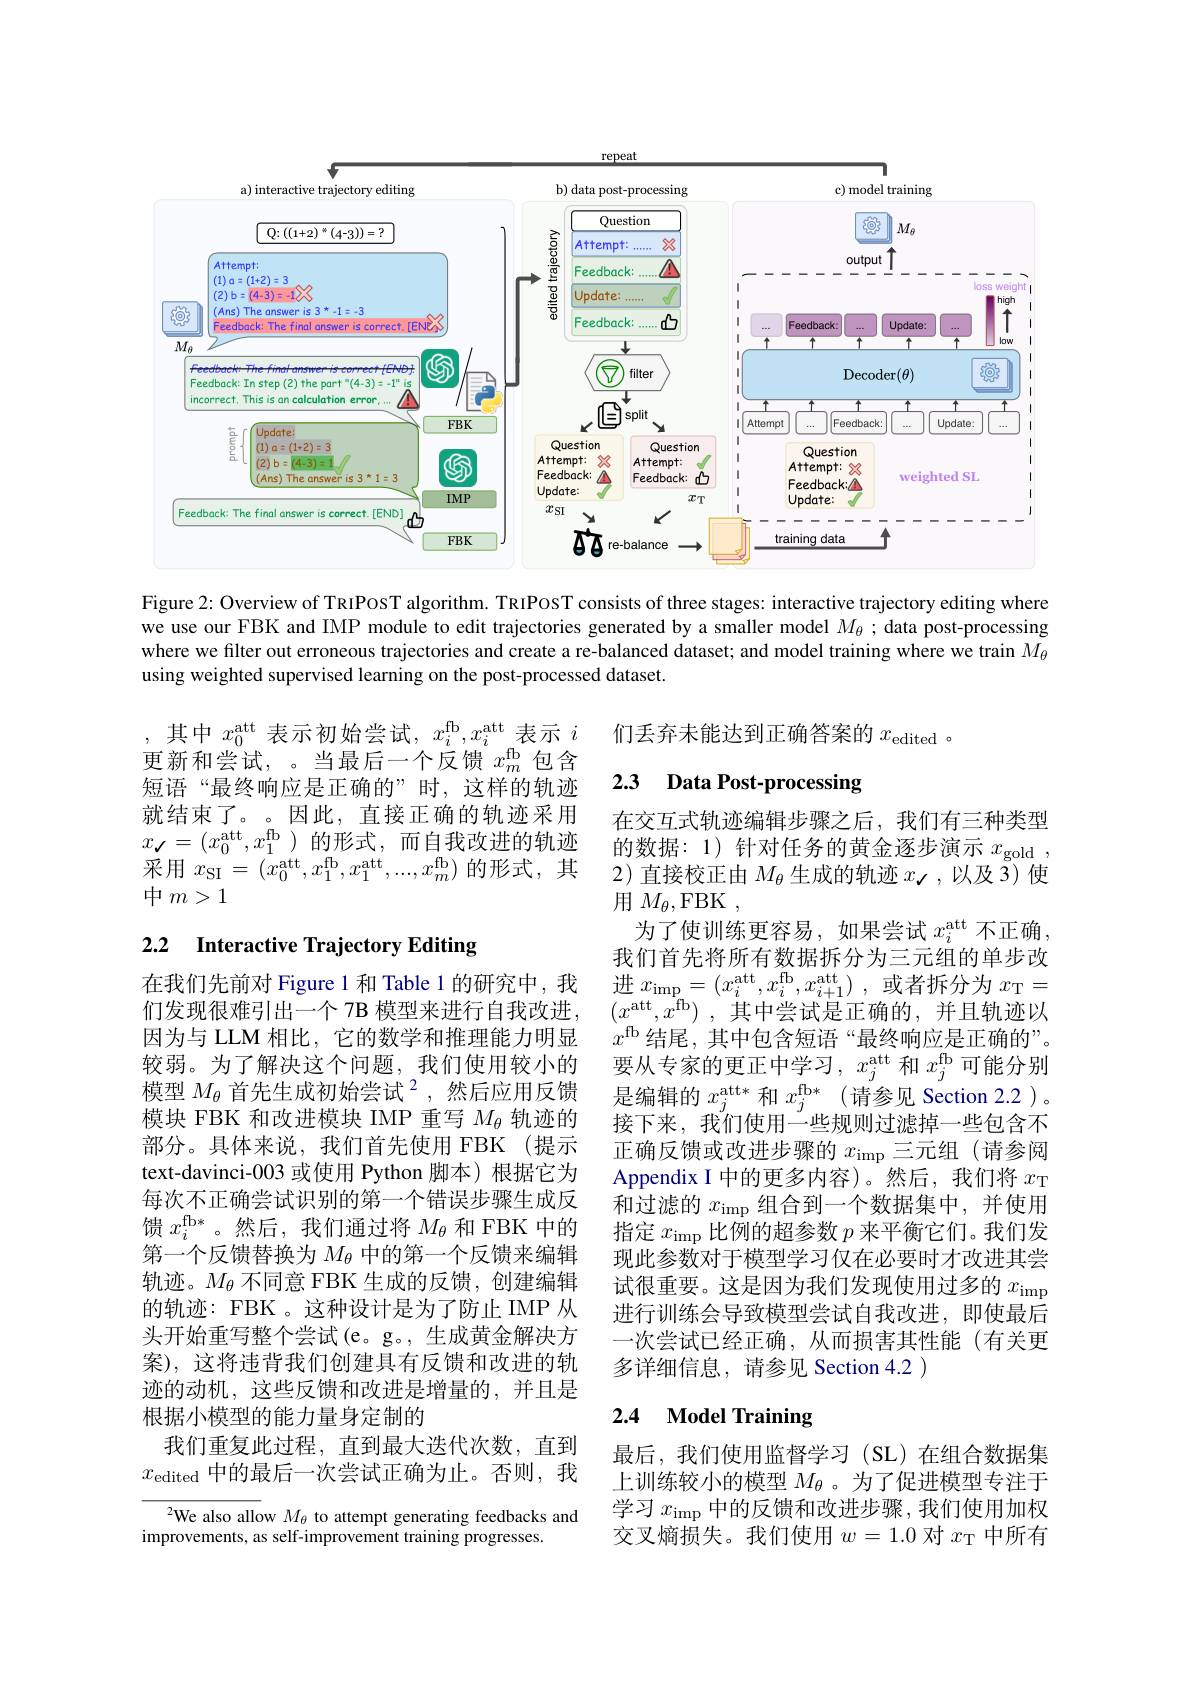
<FigureHere>

Figure 2: Overview of TRIPOST algorithm. TRIPOST consists of three stages: interactive trajectory editing where we use our FBK and IMP module to edit trajectories generated by a smaller model $M_\theta$ ; data post-processing where we filter out erroneous trajectories and create a re-balanced dataset; and model training where we train $M_{\theta}$ using weighted supervised learning on the post-processed dataset.

们丢弃未能达到正确答案的$x_\mathrm{edited}$ 。

### 2.3 Data Post-processing

其中$x_0^\mathrm{att}$表示初始尝试，$x_i^\mathrm{fb},x_i^\mathrm{att}$表示$i$ 更新和尝试，。当最后一个反馈$x_m^\mathrm{fb}$包含短语“最终响应是正确的”时，这样的轨迹就结束了。。因此，直接正确的轨迹采用$x_{\checkmark}=(x_{0}^{\mathrm{att}},x_{1}^{\mathrm{fb}})$的形式，而自我改进的轨迹${\text{采用 }x_{\mathrm{SI}}=(x_{0}^{\mathrm{att}},x_{1}^{\mathrm{fb}},x_{1}^{\mathrm{att}},...,x_{m}^{\mathrm{fb}}){\text{ 的形式，其}}}$ 中$m>1$

## 2.2 Interactive Trajectory Editing

在交互式轨迹编辑步骤之后，我们有三种类型的数据：1)针对任务的黄金逐步演示$x_\mathrm{gold}$, 2)直接校正由$M_\theta$生成的轨迹$x$√,以及3)使用$M_\theta$,FBK ,
为了使训练更容易，如果尝试$x_i^\mathrm{att}$不正确我们首先将所有数据拆分为三元组的单步改进$x_{\mathrm{imp}}= ( x_{i}^{\mathrm{att}}, x_{i}^{\mathrm{fb}}, x_{i+ 1}^{\mathrm{att}})$ ,或者拆分为$x_{\mathrm{T}}=$ $( x^{\mathrm{att}}, x^{\mathrm{fb}})$ ,其中尝试是正确的，并且轨迹以$x^\mathrm{fb}$结尾，其中包含短语“最终响应是正确的”。要从专家的更正中学习，$x_j^\mathrm{att}$和$x_j^\mathrm{fb}$可能分别是编辑的$x_j^{\mathrm{att*}}$和$x_j^{\mathrm{fb* }}$ (请参见 Section 2.2 )。接下来，我们使用一些规则过滤掉一些包含不正确反馈或改进步骤的$x_\mathrm{imp}$三元组 (请参阅Appendix I 中的更多内容)。然后，我们将$x_\mathrm{T}$ 和过滤的$x_\mathrm{imp}$组合到一个数据集中，并使用指定$x_\mathrm{imp}$比例的超参数$p$来平衡它们。我们发现此参数对于模型学习仅在必要时才改进其尝试很重要。这是因为我们发现使用过多的$x_\mathrm{imp}$ 进行训练会导致模型尝试自我改进，即使最后一次尝试已经正确，从而损害其性能(有关更多详细信息，请参见 Section 4.2 )

在我们先前对 Figure 1 和 Table 1 的研究中，我们发现很难引出一个 7B 模型来进行自我改进， 因为与 LLM 相比，它的数学和推理能力明显较弱。为了解决这个问题，我们使用较小的模型 $M_\theta\text{ 首先生成初始尝试}^2$,然后应用反馈模块 FBK 和改进模块 IMP 重写$M_\mathrm{\theta}$轨迹的部分。具体来说，我们首先使用 FBK(提示text-davinci-003 或使用 Python 脚本)根据它为每次不正确尝试识别的第一个错误步骤生成反馈$x_i^\mathrm{fb*}$。然后，我们通过将$M_{\theta}$和 FBK 中的第一个反馈替换为$M_\theta$中的第一个反馈来编辑轨迹。$M_\theta$不同意 FBK 生成的反馈，创建编辑的轨迹：FBK 。这种设计是为了防止 IMP 从头开始重写整个尝试(e。g。, 生成黄金解决方案), 这将违背我们创建具有反馈和改进的轨迹的动机，这些反馈和改进是增量的，并且是根据小模型的能力量身定制的
我们重复此过程，直到最大迭代次数，直到$x_{\mathrm{edited}}$中的最后一次尝试正确为止。否则，我

# 2.4 Model Training

最后，我们使用监督学习(SL)在组合数据集上训练较小的模型$M_\theta$ 。为了促进模型专注于学习$x_\mathrm{imp}$中的反馈和改进步骤，我们使用加权交叉熵损失。我们使用$w=1.0$对$x_\mathrm{T}$中所有

${^{2}\text{We also allow }M_{\theta}}$ to attempt generating feedbacks and
improvements, as self-improvement training progresses